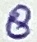
Text: 8